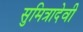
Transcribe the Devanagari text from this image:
सुमित्रादेवी